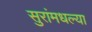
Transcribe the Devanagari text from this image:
सुरांमधल्या